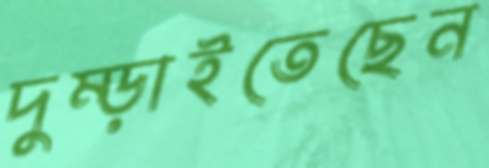
দুম্‌ড়াইতেছেন